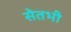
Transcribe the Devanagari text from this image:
सेतभी